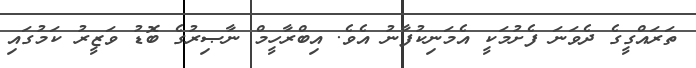
ތަރައްގީގެ ދެވަނަ ފެށުމަކީ އެމަނިކުފާނު އެވެ. އިބްރާހީމް ނާޞިރުގެ ބޮޑު ވަޒީރު ކަމުގައި